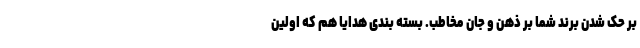
بر حک شدن برند شما بر ذهن و جان مخاطب. بسته بندی هدایا هم که اولین